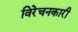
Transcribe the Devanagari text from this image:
विरेचनकारी